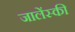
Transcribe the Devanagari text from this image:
जालेंस्की